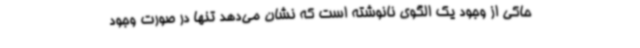
حاکی از وجود یک الگوی نانوشته است که نشان می‌دهد تنها در صورت وجود